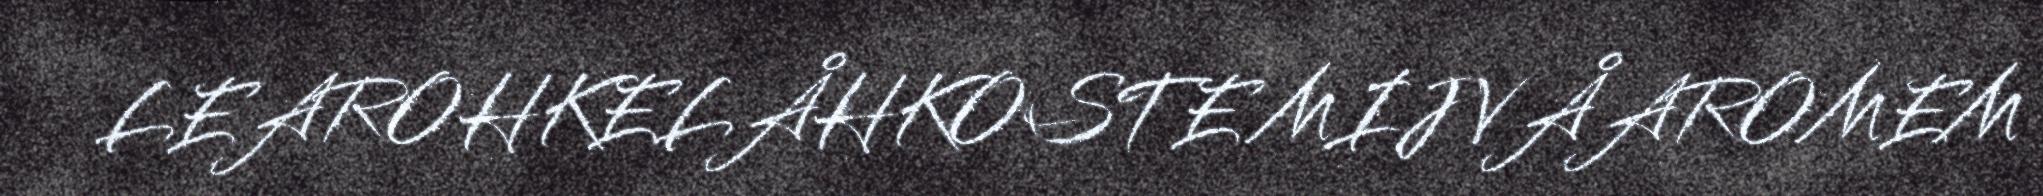
LEAROHKELÅHKOSTE MIJ VÅAROMEM